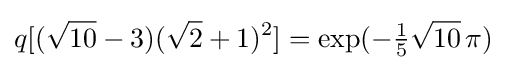
q[({\sqrt {10}}-3)({\sqrt {2}}+1)^{2}]=\exp(-{\tfrac {1}{5}}{\sqrt {10}}\,\pi )